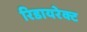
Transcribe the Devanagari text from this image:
रिडायरेक्ट